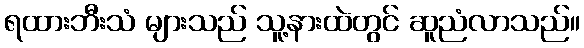
ရထားဘီးသံ များသည် သူ့နားထဲတွင် ဆူညံလာသည်။